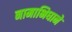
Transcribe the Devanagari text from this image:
नामाभिधाने